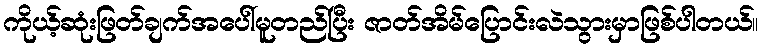
ကိုယ့်ဆုံးဖြတ်ချက်အပေါ်မူတည်ပြီး ဇာတ်အိမ်ပြောင်းလဲသွားမှာဖြစ်ပါတယ်။